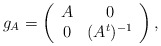
\begin{align*}g_{A}=\left(\begin{array}{cc} A & 0 \\ 0 & (A^t)^{-1}\end{array}\right),\end{align*}